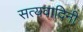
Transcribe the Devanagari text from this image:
सत्यवादिनी